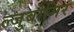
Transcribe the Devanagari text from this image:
ल्जुबोमिर